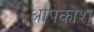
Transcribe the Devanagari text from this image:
आपकोश्